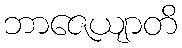
ဘာဇေယျာတိ